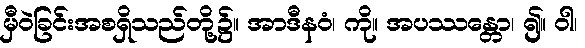
မှီဝဲခြင်းအစရှိသည်တို့၌။ အာဒီနဝံ၊ ကို။ အပဿန္တော၊ ၍။ ဝါ၊